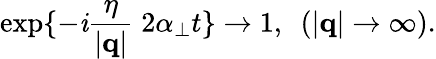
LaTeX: \exp\{ -{\mathit i}\frac{\eta}{|{\mathbf q}|}\; 2\alpha_{\perp}t\} \rightarrow 1,~~(|{\mathbf q}|\rightarrow\infty).